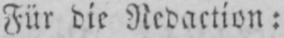
Für die Redaction: